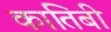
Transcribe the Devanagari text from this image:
कातिबी